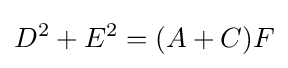
D^{2}+E^{2}=(A+C)F